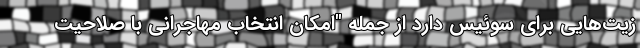
زیت‌هایی برای سوئیس دارد از جمله "امکان انتخاب مهاجرانی با صلاحیت